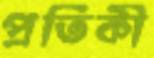
প্রতিকী